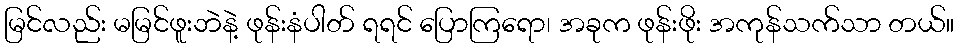
မြင်လည်း မမြင်ဖူးဘဲနဲ့ ဖုန်းနံပါတ် ရရင် ပြောကြရော၊ အခုက ဖုန်းဖိုး အကုန်သက်သာ တယ်။